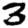
Digit: 3